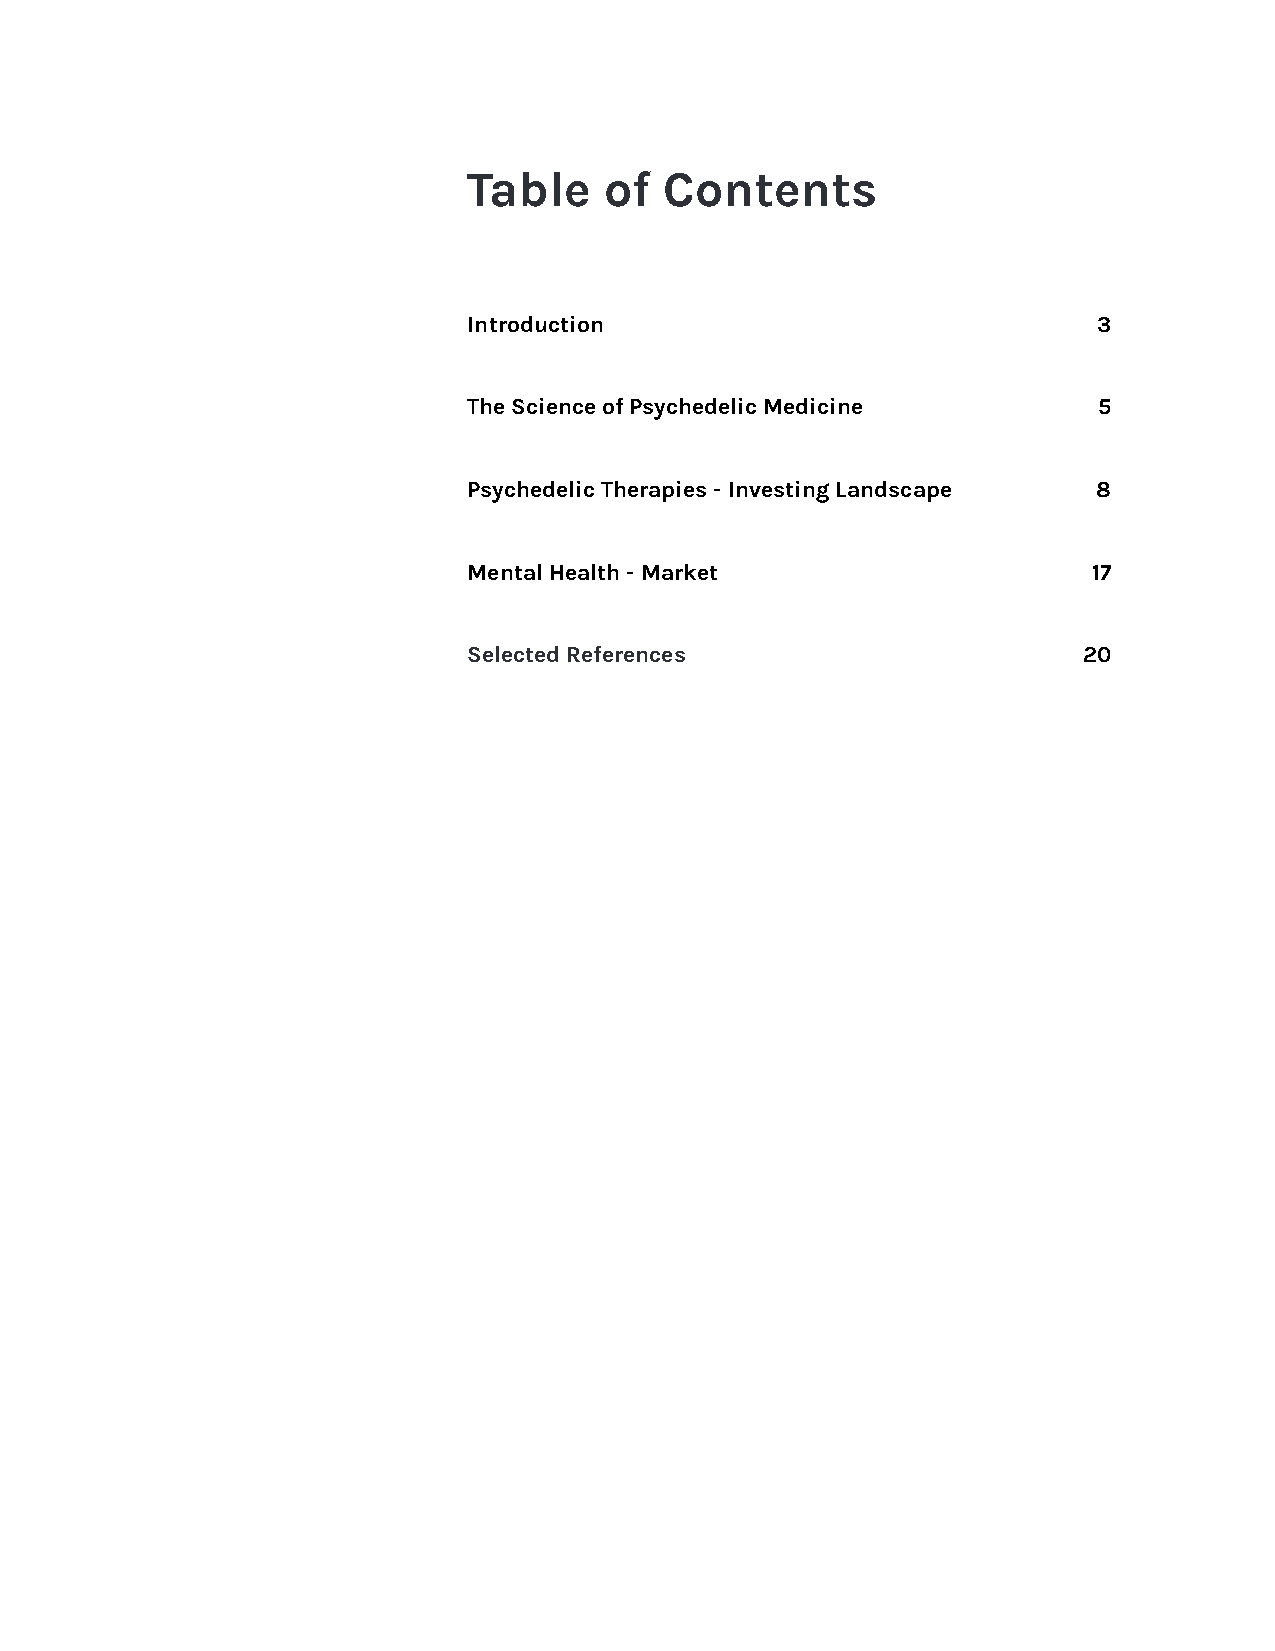
Table    of  Contents
 Introduction                              3
 The Science of Psychedelic Medicine       5
 Psychedelic Therapies - Investing Landscape 8
 Mental Health - Market                   17
 Selected References                      20